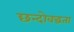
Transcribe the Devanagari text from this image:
छन्दोवद्धता